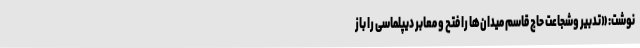
نوشت: «تدبیر وشجاعت حاج قاسم میدان‌ها را فتح و معابر دیپلماسی را باز